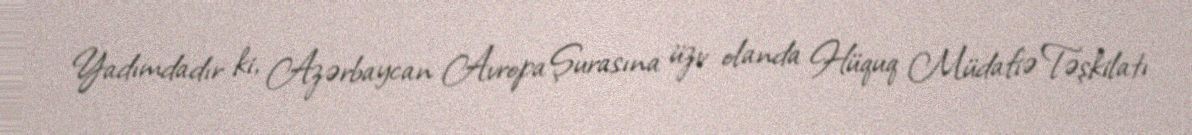
Yadımdadır ki, Azərbaycan Avropa Şurasına üzv olanda Hüquq Müdafiə Təşkilatı